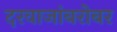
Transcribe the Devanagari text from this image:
दरवाजांबरोबर